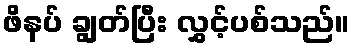
ဖိနပ် ချွတ်ပြီး လွှင့်ပစ်သည်။